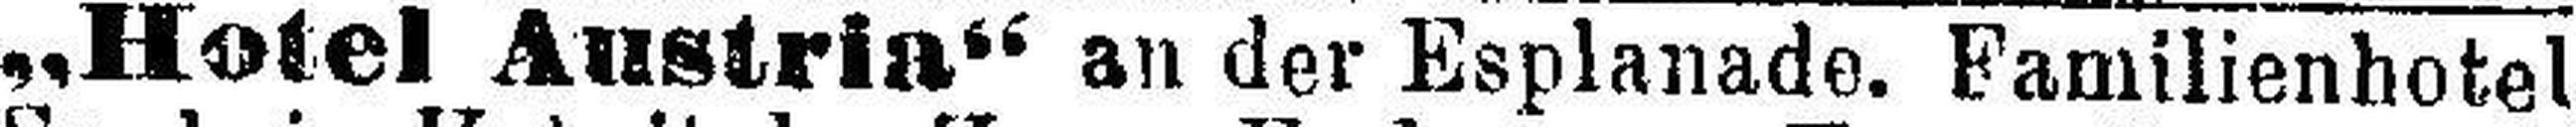
„Hotel Austria“ an der Esplanade. Familienhotel